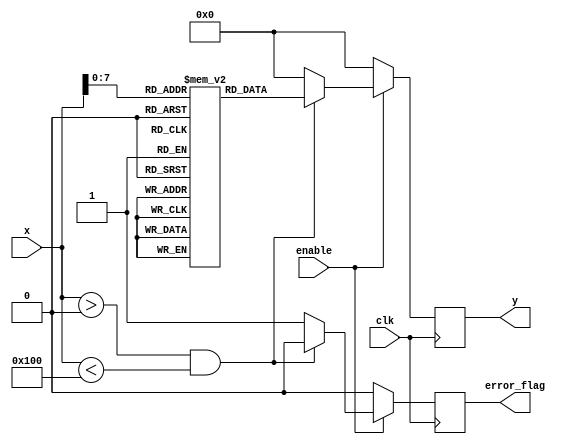
module LogarithmicFunctionGenerator (
    input wire clk,
    input wire enable,
    input wire [15:0] x, // 16-bit input signal
    output reg [15:0] y, // 16-bit output signal for log(x)
    output reg error_flag // Error flag for invalid inputs
);

// Parameters
localparam LOG_LUT_SIZE = 256; // Size of the lookup table
reg [15:0] log_lut [0:LOG_LUT_SIZE-1]; // Lookup table for log values
integer i;

// Initialize the log lookup table
initial begin
    // Populate the LUT with log values; this is a simplified example
    for (i = 1; i < LOG_LUT_SIZE; i = i + 1) begin
        log_lut[i] = $rtoi($ln(i) * 65536); // ln(i) scaled by 65536 for fixed-point representation
    end
end

always @(posedge clk) begin
    if (enable) begin
        if (x > 0 && x < LOG_LUT_SIZE) begin
            y <= log_lut[x]; // Output the logarithm value from the LUT
            error_flag <= 0; // No error
        end
        else begin
            y <= 0; // Undefined log result
            error_flag <= 1; // Set error flag for invalid input
        end
    end
    else begin
        y <= 0; // Reset output if not enabled
        error_flag <= 0; // Reset error flag
    end
end

endmodule